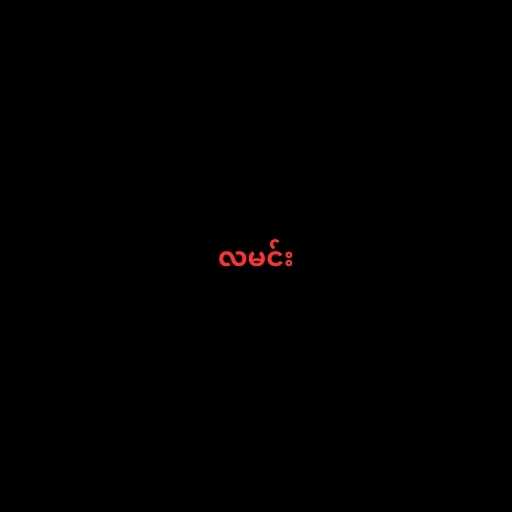
လမင်း